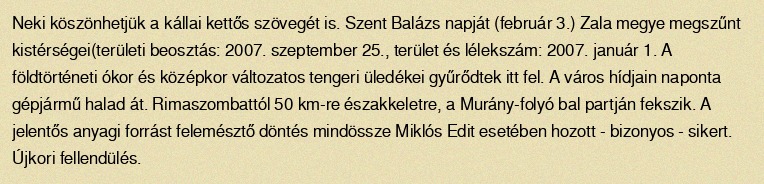
Neki köszönhetjük a kállai kettős szövegét is. Szent Balázs napját (február 3.) Zala megye megszűnt kistérségei(területi beosztás: 2007. szeptember 25., terület és lélekszám: 2007. január 1. A földtörténeti ókor és középkor változatos tengeri üledékei gyűrődtek itt fel. A város hídjain naponta gépjármű halad át. Rimaszombattól 50 km-re északkeletre, a Murány-folyó bal partján fekszik. A jelentős anyagi forrást felemésztő döntés mindössze Miklós Edit esetében hozott - bizonyos - sikert. Újkori fellendülés.